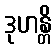
ဒုဟန္တိ